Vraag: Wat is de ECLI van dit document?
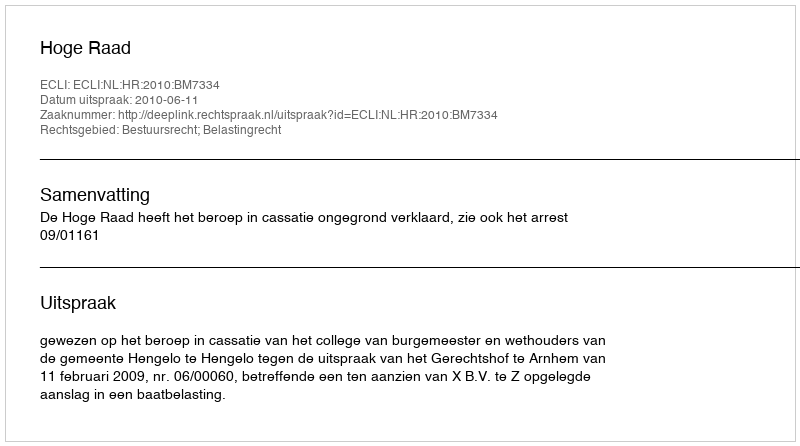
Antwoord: ECLI:NL:HR:2010:BM7334